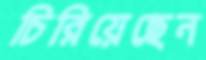
চিরিয়েছেন